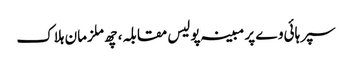
سپر ہائی وے پر مبینہ پولیس مقابلہ، چھ ملزمان ہلاک